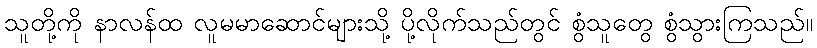
သူတို့ကို နာလန်ထ လူမမာဆောင်များသို့ ပို့လိုက်သည်တွင် စွံသူတွေ စွံသွားကြသည်။